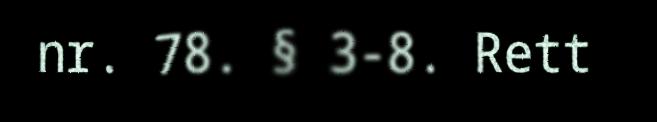
nr. 78. § 3-8. Rett